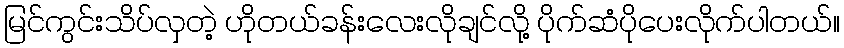
မြင်ကွင်းသိပ်လှတဲ့ ဟိုတယ်ခန်းလေးလိုချင်လို့ ပိုက်ဆံပိုပေးလိုက်ပါတယ်။